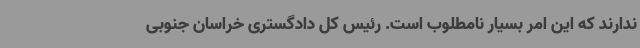
ندارند که این امر بسیار نامطلوب است. رئیس کل دادگستری خراسان‌ جنوبی